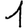
Digit: 1